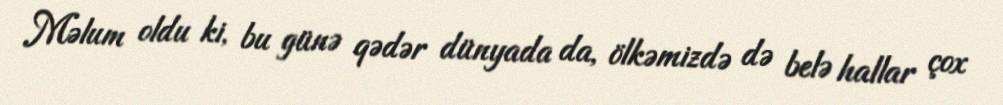
Məlum oldu ki, bu günə qədər dünyada da, ölkəmizdə də belə hallar çox